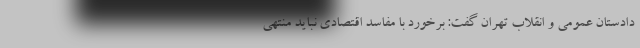
دادستان عمومی و انقلاب تهران گفت: برخورد با مفاسد اقتصادی نباید منتهی